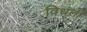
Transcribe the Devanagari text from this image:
विधर्ती